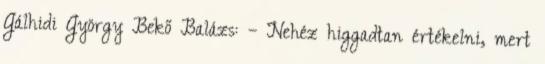
Gálhidi György Bekő Balázs: – Nehéz higgadtan értékelni, mert